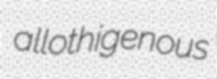
allothigenous